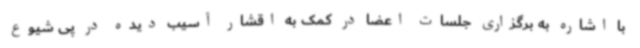
با اشاره به برگزاری جلسات اعضا در کمک به اقشار آسیب دیده در پی شیوع